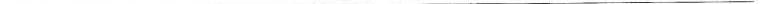
___